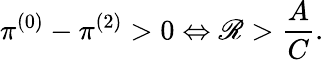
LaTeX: \pi^{(0)}-\pi^{(2)}>0\Leftrightarrow\mathscr{R}>\frac{{A}}{{C}}.